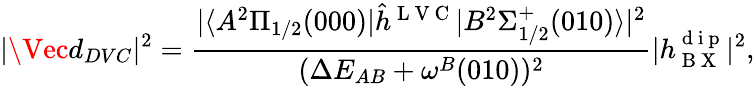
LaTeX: |\Vec{d}_{DVC}|^{2}=\frac{|\langle A^{2}\Pi_{1/2}(000)|\hat{h}^{\mathrm{~L~V~C~}}|B^{2}\Sigma_{1/2}^{+}(010)\rangle|^{2}}{(\Delta E_{AB}+\omega^{B}(010))^{2}}|h_{\mathrm{~B~X~}}^{\mathrm{~d~i~p~}}|^{2},